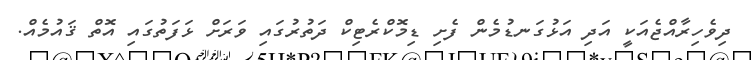
ދިވެހިރާއްޖެއަކީ އަދި އަޅުގަނޑުމެން ފެށި ޑިމޮކްރެޓިކް ދަތުރުގައި ވަރަށް ޅަފަތުގައި އޮތް ޤައުމެއް.